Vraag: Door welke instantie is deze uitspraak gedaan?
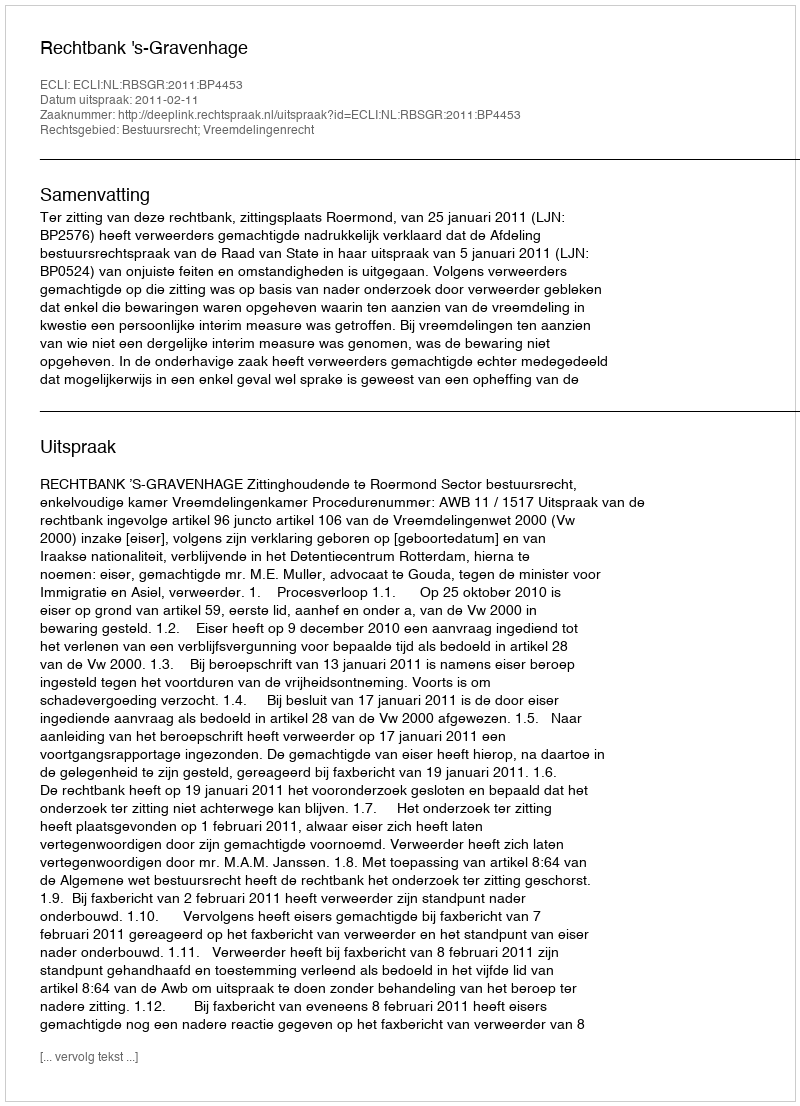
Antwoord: Rechtbank 's-Gravenhage